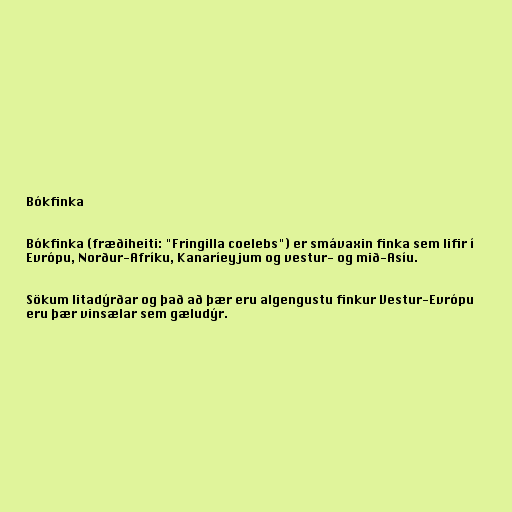
Bókfinka

Bókfinka (fræðiheiti: "Fringilla coelebs") er smávaxin finka sem lifir í
Evrópu, Norður-Afríku, Kanaríeyjum og vestur- og mið-Asíu.

Sökum litadýrðar og það að þær eru algengustu finkur Vestur-Evrópu
eru þær vinsælar sem gæludýr.